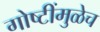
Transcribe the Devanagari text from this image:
गोष्टींमुळेच